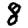
Digit: 8